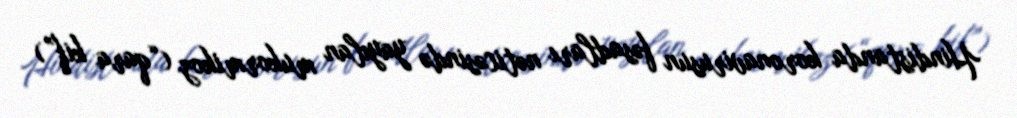
Hindistanda koronavirusun fəsadları nəticəsində yayılan mukormikoz (“qara kif”)